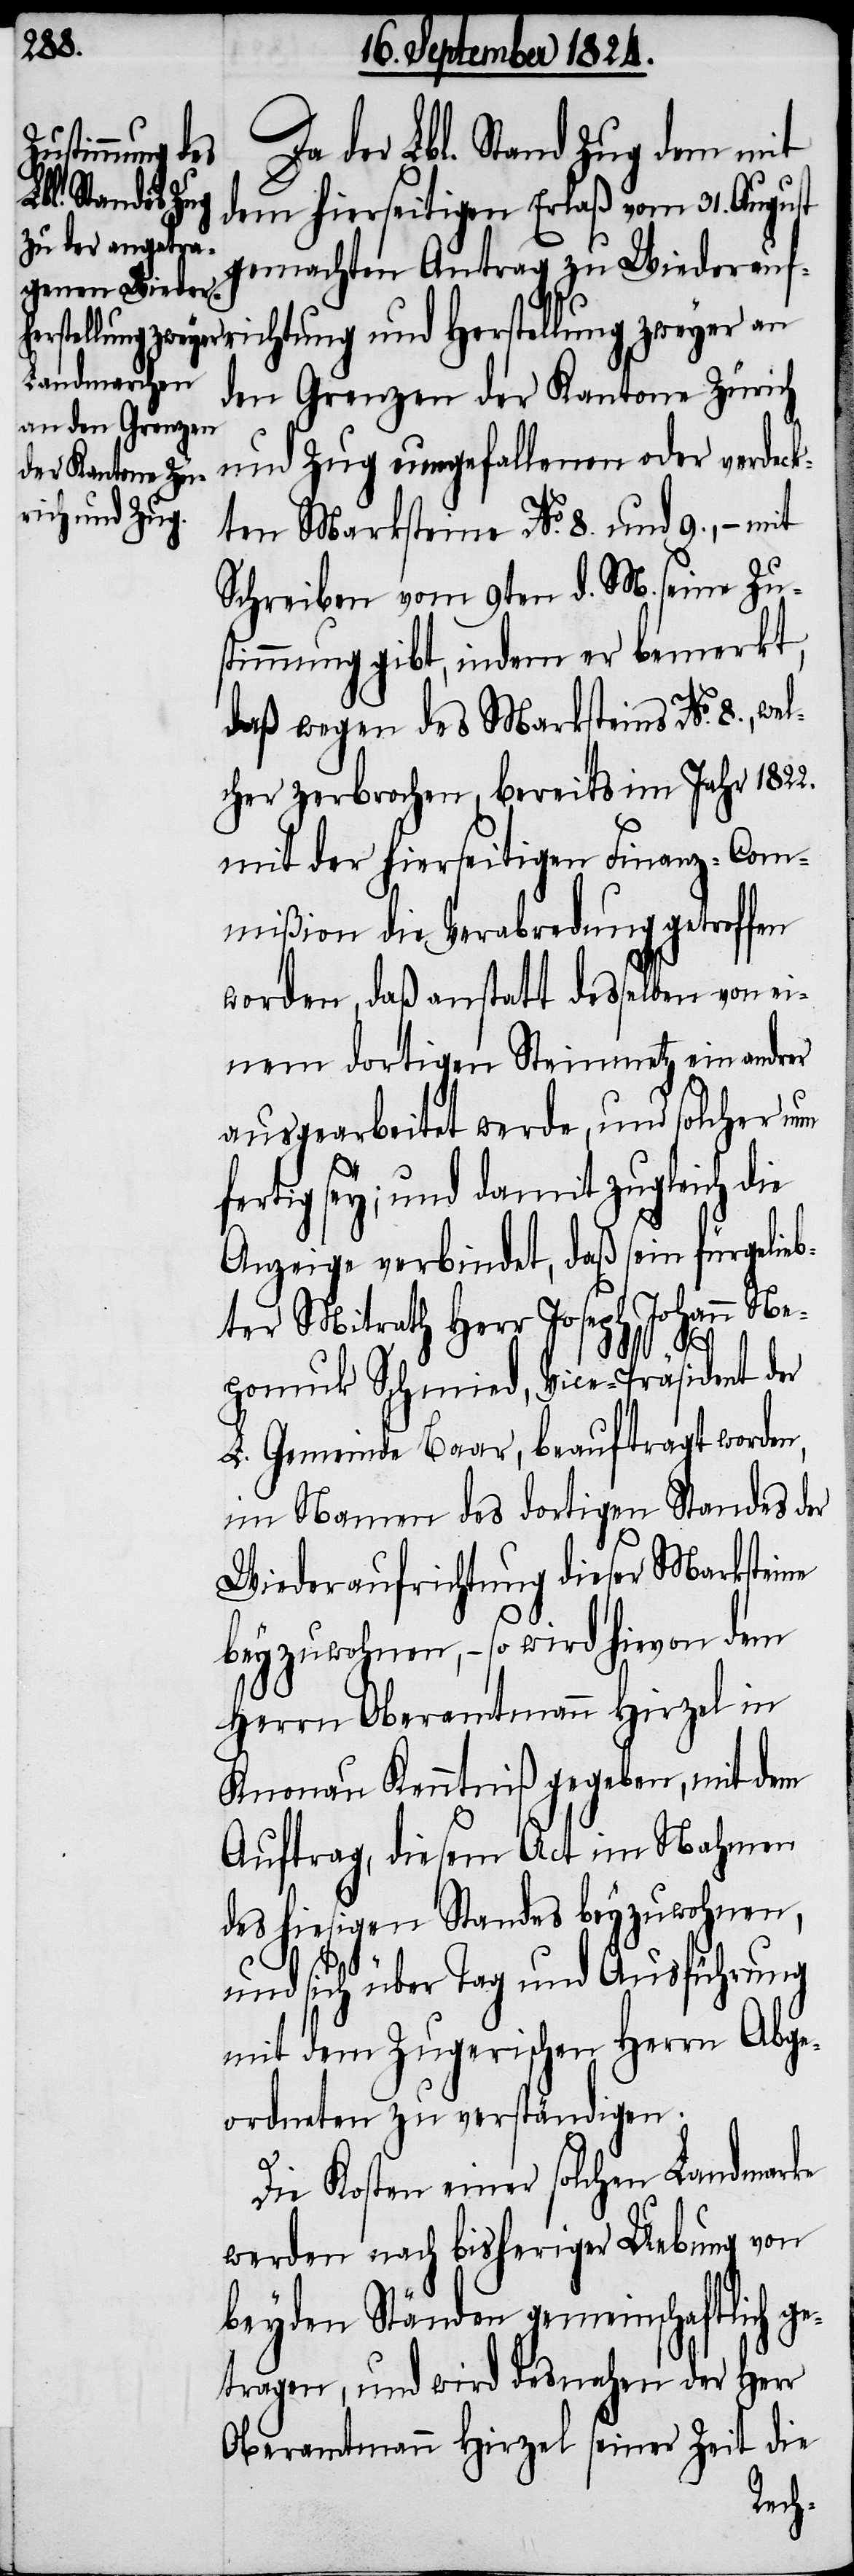
Da der Lbl. Stand Zug dem mit
dem hierseitigen Erlaß vom 31. August
gemachten Antrag zu Wiederauf¬
richtung und Herstellung zweyer an
den Grenzen der Kantone Zürich
und Zug umgefallenen oder verdeck¬
ten Marksteine No. 8. und 9., – mit
Schreiben vom 9ten d. M. seine Zu¬
stimmung gibt, indem er bemerkt,
daß wegen des Marksteins No. 8., we¬
lcher zerbrochen, bereits im Jahr 1822.
mit der hierseitigen Finanz-Com¬
mißion die Verabredung getroffen
worden, daß anstatt deßselben von ei¬
nem dortigen Steinmetz ein andrer
ausgearbeitet werden, und solcher nun
fertig sey; und damit zugleich die
Anzeige verbindet, daß sein fürgelieb¬
ter Mitrath Herr Joseph Johannes Ne¬
pomuk Schmied, Vice-Präsident der
L. Gemeinde Baar, beauftragt worden,
im Namen des dortigen Standes der
Wiederaufrichtung dieser Marksteine
beyzuwohnen, – so wird hievon dem
Herrn Oberamtmann Hirzel in
Knonau Kenntniß gegeben, mit dem
Auftrag, diesem Act im Nahmen
des hiesigen Standes beyzuwohnen,
und sich über Tag und Ausführung
mit dem Zugerischen Herrn Abge¬
ordneten zu verständigen.
Die Kosten einer solchen Landmarke
werden nach bisheriger Uebung von
beyden Ständen gemeinschaftlich g¬
etragen, und wird desnahen der Herr
Oberamtmann Hirzel seiner Zeit die